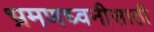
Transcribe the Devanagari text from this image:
भ्रमणध्वनीसाठी